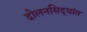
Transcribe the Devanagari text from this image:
दोलनसिद्धांत